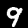
Label: 9